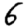
Digit: 6